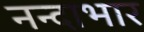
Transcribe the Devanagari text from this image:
नन्दाभार